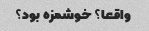
واقعا؟ خوشمزه بود؟